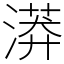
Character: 漭